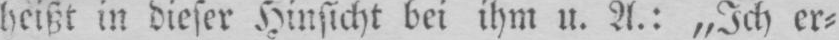
heißt in dieser Hinsicht bei ihm u. A.: „Ich er⸗